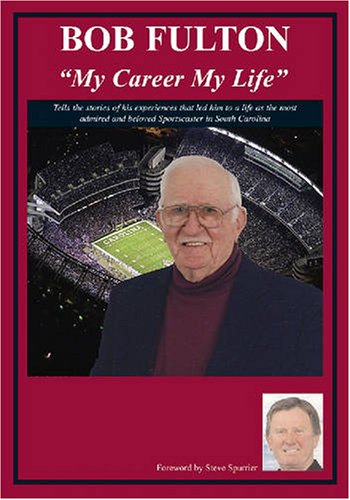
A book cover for Bob Fulton; Bob Fulton; Sports & Outdoors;